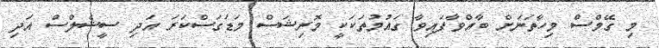
މި ގޭމްސް މިހާތަނަށް ބާއްވާފައިވާ ގައުމުތަކަކީ މޮރިޝަސް މަޑަގަސްކަރަ އަދި ސީޝެލްސް އަދި